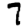
Digit: 7